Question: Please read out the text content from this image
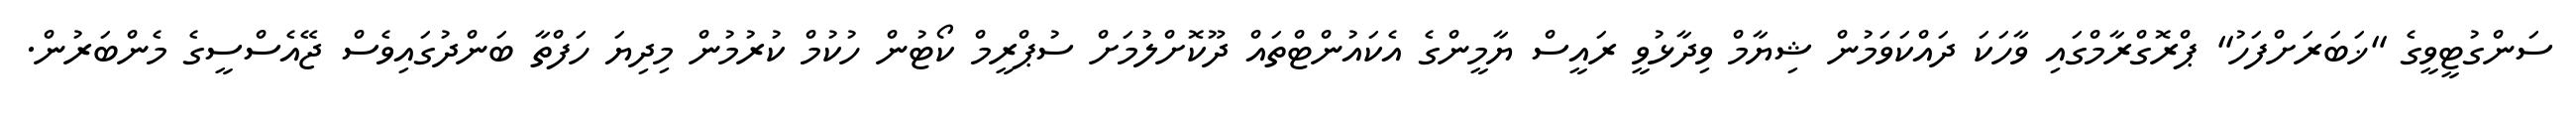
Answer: ސަންގުޓީވީގެ "ޚަބަރަށްފަހު" ޕްރޮގްރާމްގައި ވާހަކަ ދައްކަވަމުން ޝިޔާމް ވިދާޅުވީ ރައީސް ޔާމީންގެ އެކައުންޓްތައް ދޫކޮށްލުމަށް ސުޕްރީމް ކޯޓުން ހުކުމް ކުރުމުން މިދިޔަ ހަފްތާ ބަންދުގައިވެސް ޖޭއެސްސީގެ މެންބަރުން.